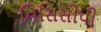
મિસિસીપી